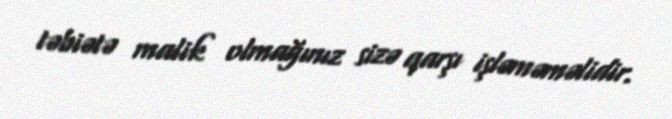
təbiətə malik olmağınız sizə qarşı işləməməlidir.